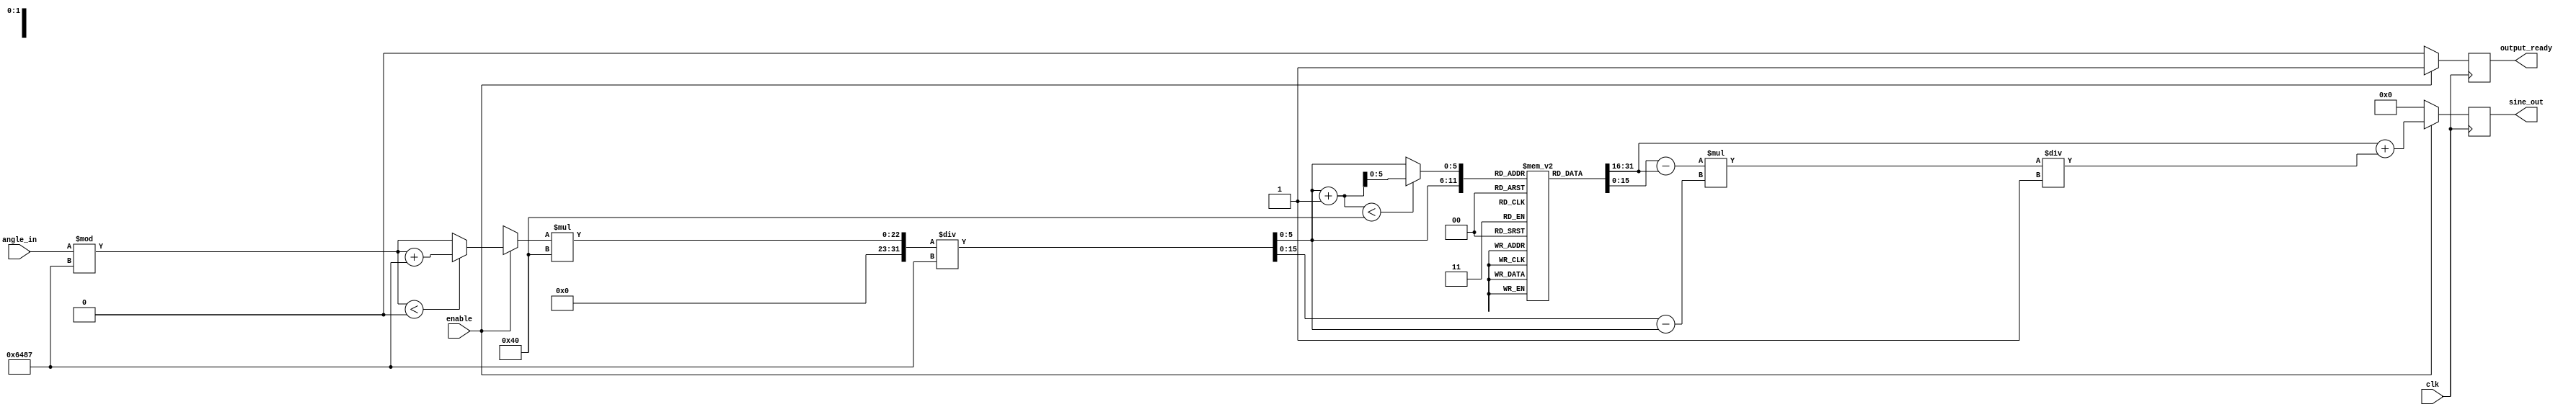
module sine_block (
    input                clk,          // Clock input
    input                enable,       // Enable signal
    input signed [15:0] angle_in,     // Input angle in fixed-point (16 bits, Q1.15 format)
    output reg signed [15:0] sine_out, // Output sine value in fixed-point (16 bits, Q1.15 format)
    output reg          output_ready   // Output ready signal
);

    // Parameters
    parameter LUT_SIZE = 64;           // Number of entries in the LUT (0 to 2*PI)
    parameter [15:0] PI = 16'h3243;    // Fixed-point representation of PI in Q1.15 format
    parameter [15:0] TWO_PI = 16'h6487;// Fixed-point representation of 2*PI in Q1.15 format

    // Sine LUT: Precomputed sine values for 0 to 2*PI (scaled)
    reg signed [15:0] sine_lut[0:LUT_SIZE-1];

    // Load the LUT with precomputed sine values
    initial begin
        // Example initialization of the LUT with sine values scaled to Q1.15
        sine_lut[0] = 16'h0000; // sin(0.0)
        sine_lut[1] = 16'h0E38; // sin(0.1)
        sine_lut[2] = 16'h1C8E; // sin(0.2)
        sine_lut[3] = 16'h2A5A; // sin(0.3)
        // More values should be filled in as needed...
        sine_lut[63] = 16'h7FFF; // sin(6.2) as an approximation for sin(2*PI)
    end

    // Normalization and interpolation
    reg [5:0] index;               // LUT index
    reg signed [15:0] y1, y2;      // Nearest LUT values for linear interpolation
    reg signed [15:0] angle_norm;  // Normalized angle
    reg signed [15:0] fraction;     // Fractional part for interpolation

    always @(posedge clk) begin
        if (enable) begin
            // Normalize angle_in to range [0, 2*PI)
            angle_norm = angle_in % TWO_PI;

            // Check if angle_norm is negative and adjust
            if (angle_norm < 0) begin
                angle_norm = angle_norm + TWO_PI;
            end
            
            // Find LUT index (scaled to LUT_SIZE)
            index = angle_norm * LUT_SIZE / TWO_PI;

            // Determine nearest LUT values for interpolation
            y1 = sine_lut[index];
            y2 = sine_lut[index + 1 < LUT_SIZE ? index + 1 : index]; // Wrap around if needed

            // Calculate the fractional part (for Linear Interpolation)
            fraction = (angle_norm * LUT_SIZE / TWO_PI) - index;

            // Perform linear interpolation
            sine_out = y1 + (y2 - y1) * fraction / 16'h0001; // Scale appropriately

            // Indicate that the output is ready
            output_ready = 1'b1;
        end else begin
            // Reset output signals when not enabled
            sine_out = 16'h0000;
            output_ready = 1'b0;
        end
    end

endmodule